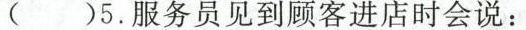
( )5.服务员见到顾客进店时会说: